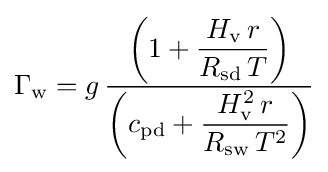
\Gamma _{\text{w}}=g\,{\frac {\left(1+{\dfrac {H_{\text{v}}\,r}{R_{\text{sd}}\,T}}\right)}{\left(c_{\text{pd}}+{\dfrac {H_{\text{v}}^{2}\,r}{R_{\text{sw}}\,T^{2}}}\right)}}